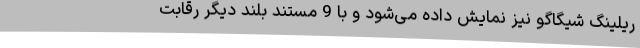
ریلینگ شیگاگو نیز نمایش داده می‌شود و با 9 مستند بلند دیگر رقابت